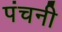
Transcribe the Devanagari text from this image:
पंचनी